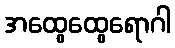
အထွေထွေရောဂါ